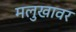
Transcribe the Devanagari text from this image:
मलुखावर